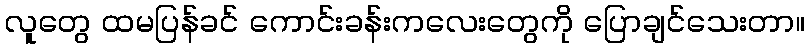
လူတွေ ထမပြန်ခင် ကောင်းခန်းကလေးတွေကို ပြောချင်သေးတာ။